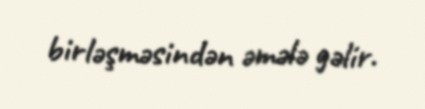
birləşməsindən əmələ gəlir.